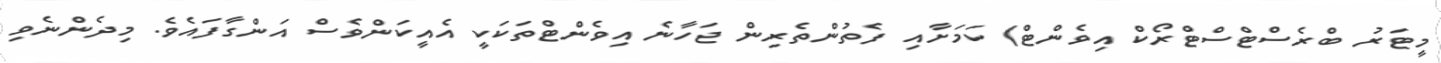
މީޓަރު ބްރެސްޓްސްޓްރޯކް އިވެންޓް) ކަމަށާއި ފެތުންތެރިން ޖަހާނެ އިވެންޓްތަކަކީ އެއީކަންވެސް އަންގާފައެވެ. މިދެންނެވި